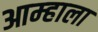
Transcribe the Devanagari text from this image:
आम्‍हाला